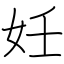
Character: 妊